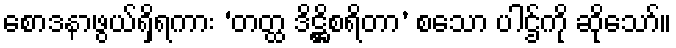
စောဒနာဖွယ်ရှိရကား ‘တတ္ထ ဒိဋ္ဌိစရိတာ’ စသော ပါဌ်ကို ဆိုသော်။